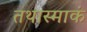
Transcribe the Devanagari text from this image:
तथास्माकं